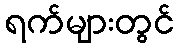
ရက်များတွင်